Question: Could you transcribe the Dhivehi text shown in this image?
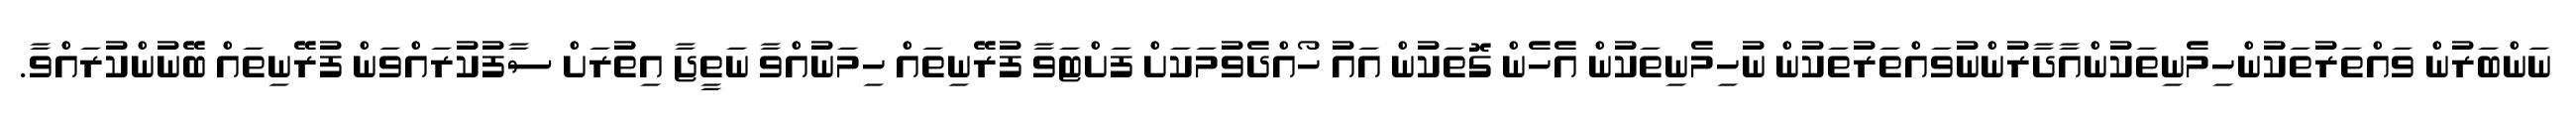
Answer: ނަންބަރުން ވައްތަރުތަކުންހިމެނިތަކުންއާދާރުންނުވައްތަރުތަކުން ނުހިމެނިތަކުން އެހެން ގޮތަކުން އައު ހޯއްދެވުމަކަށް ފަށްޓަވާ ފުރޭނިތައް ހިމަނުއްވާ ނަތީޖާ އިތުރަށް ސާފުކުރައްވަން ފުރޭނިތައް ބޭނުންކުރައްވާ.